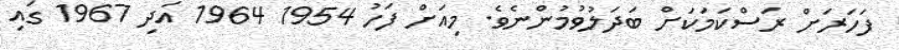
ފަހަރަށް ރަސްކަމަކަށް ބަދަލުވުމުންނެވެ. މިއަށް ފަހު 1954 1964 އަދި 1967 ގައި